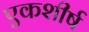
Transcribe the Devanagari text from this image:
एकशीर्ष